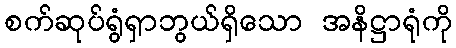
စက်ဆုပ်ရွံရှာဘွယ်ရှိသော အနိဋ္ဌာရုံကို